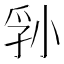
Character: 𪨁